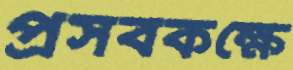
প্রসবকক্ষে